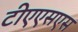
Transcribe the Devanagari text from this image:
टीएएसएस